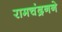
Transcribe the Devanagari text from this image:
रामचंद्रनने